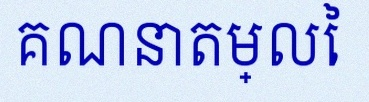
គណនាតម្លៃ